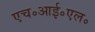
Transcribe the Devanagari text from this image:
एच॰आई॰एल॰